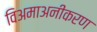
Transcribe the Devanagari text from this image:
विअमाअनीकरण